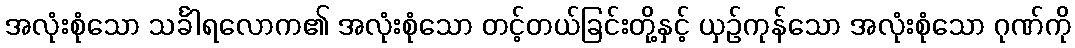
အလုံးစုံသော သင်္ခါရလောက၏ အလုံးစုံသော တင့်တယ်ခြင်းတို့နှင့် ယှဉ်ကုန်သော အလုံးစုံသော ဂုဏ်ကို